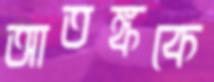
আতঙ্ককে